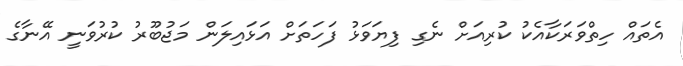
އެތައް ހިތްވަރަކާއެކު ކުރިއަށް ނެގި ފިޔަވަޅު ފަހަތަށް އަޅައިލަން މަޖުބޫރު ކުރުވަނީ އޭނާގެ